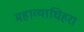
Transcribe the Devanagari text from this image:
महाव्याधिहरा